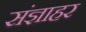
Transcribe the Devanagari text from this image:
संज्ञाहर